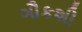
ગૌકશી